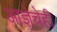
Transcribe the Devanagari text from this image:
आज्ञेचेही